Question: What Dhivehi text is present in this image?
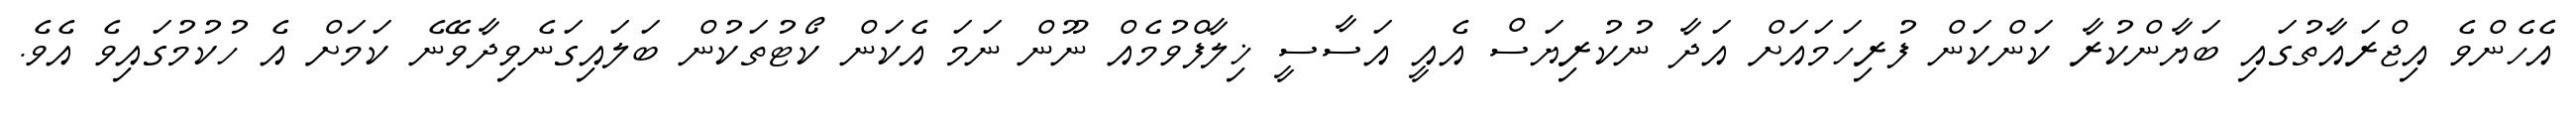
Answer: އެހެންވެ އިޖްރައާތުގައި ބަޔާންކުރާ ކަންކަން ފުރިހަމައަށް އަދާ ނުކުރިޔަސް އެއީ އަސާސީ ޚިލާފްވުމެއް ނޫން ނަމަ އެކަން ކޯޓުތަކުން ބަލައިގަނެވިދާވޭނެ ކަމަށް އެ ހުކުމުގައިވެ އެވެ.